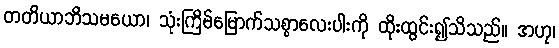
တတိယာဘိသမယော၊ သုံးကြိမ်မြောက်သစ္စာလေးပါးကို ထိုးထွင်း၍သိသည်။ အဟု၊